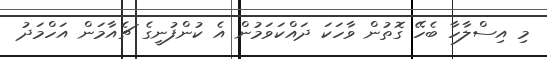
މި އިސްލާހާ ބެހޭ ގޮތުން ވާހަކަ ދައްކަވަމުން އެ ކުންފުނީގެ ޗެއާމަން އަހްމަދު